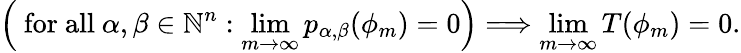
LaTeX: \left({\mathrm{~for~all~}}\alpha,\beta\in\mathbb{N}^{n}:\operatorname*{lim}_{m\to\infty}p_{\alpha,\beta}(\phi_{m})=0\right)\Longrightarrow\operatorname*{lim}_{m\to\infty}T(\phi_{m})=0.